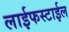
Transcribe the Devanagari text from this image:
लाईफस्टाईल